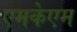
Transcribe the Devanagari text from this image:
एमकेएम